Lunatic asylums Punjab 1881-1894 - 1881-1894
Year: 1881
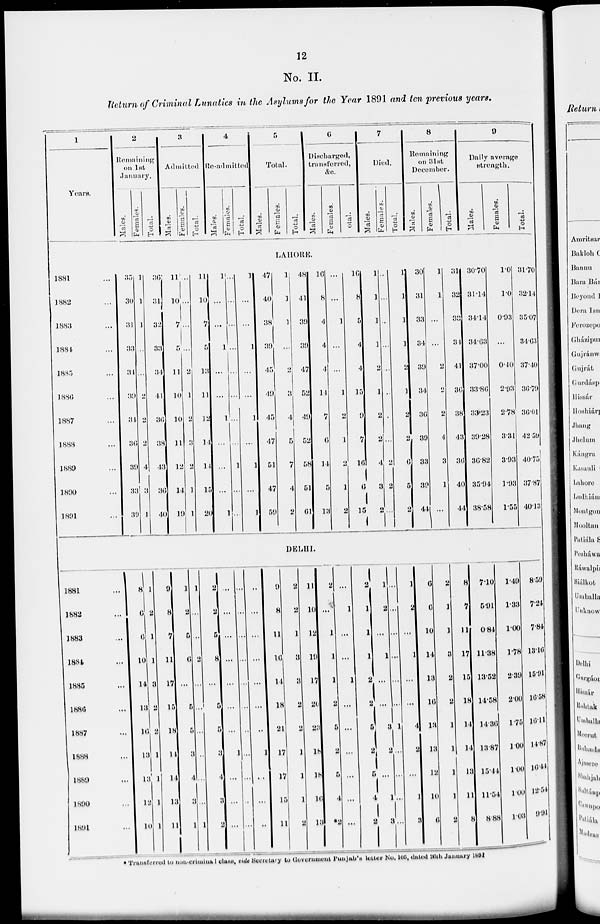
12
No. II.
Return of Criminal Lunatics in the Asylums for the Year 1891 and ten previous years.
1
Years.
2
Remaining
on 1st
January.
Males.
Females.
Total.
3
Admitted
Males.
Females.
Total.
4
Re-admitted
Males.
Females.
Total.
5
Total.
Males.
Females.
Total.
6
Discharged,
transferred,
&c.
Males.
Females.
Total.
7
Died.
Males.
Females.
Total.
8
Remaining
on 31st
December.
Males.
Females.
Total.
9
Daily average
Strength.
Males.
Females.
Total.
LAHORE.
1881 ...
1882 ...
1883 ...
1884 ...
1885 ...
1886 ...
1887 ...
1888 ...
1889 ...
1890 ...
1891 ...
35
30
31
33
31
39
34
36
39
33
39
1
1
1
...
...
2
2
2
4
3
1
36
31
32
33
34
41
36
38
43
36
40
11
10
7
5
11
10
10
11
12
14
19
...
...
...
...
2
1
2
3
2
1
1
11
10
7
5
13
11
12
14
14
15
20
1
...
...
1
...
...
1
...
...
...
1
...
...
...
...
...
...
...
...
1
...
...
1
...
...
1
...
...
1
...
1
...
1
47
40
38
39
45
49
45
47
51
47
59
1
1
1
...
2
3
4
5
7
4
2
48
41
39
39
47
52
49
52
58
51
61
16
8
4
4
4
14
7
6
14
5
13
...
...
1
...
...
1
2
1
2
1
2
16
8
5
4
4
15
9
7
16
6
15
1
1
1
1
2
1
2
2
4
3
2
...
...
...
...
...
...
...
...
2
2
...
1
1
1
1
2
1
2
2
6
5
2
30
31
33
34
39
34
36
39
33
39
44
1
1
...
...
2
2
2
4
3
1
...
31
32
33
34
41
36
38
43
36
40
44
30.70
31.14
34.14
34.63
37.00
33.86
33.23
39.28
36.82
35.94
38.58
1.0
1.0
0.93
...
0.40
2.93
2.78
3.31
3.93
1.93
1.55
31.70
32.14
35.07
34.63
37.40
36.79
36.01
42.59
40.75
37.87
40.13
DELHI.
1881 ...
1882 ...
1883 ...
1884 ...
1885 ...
1886 ...
1887 ...
1888 ...
1889 ...
1890 ...
1891 ...
8
6
6
10
14
13
16
13
13
12
10
1
2
1
1
3
2
2
1
1
1
1
9
8
7
11
17
15
18
14
14
13
11
1
2
5
6
...
5
5
3
4
3
1
1
...
...
2
...
...
...
...
...
...
1
2
2
5
8
...
5
5
3
4
3
2
...
...
...
...
...
...
...
1
...
...
...
...
...
...
...
...
...
...
...
...
...
...
...
...
...
...
...
...
...
1
...
...
...
9
8
11
16
14
18
21
17
17
15
11
2
2
1
3
3
2
2
1
1
1
2
11
10
12
19
17
20
23
18
18
16
13
2
...
1
1
1
2
5
2
5
4
*2
...
1
...
...
1
...
...
...
...
...
...
2
1
1
1
2
2
5
2
5
4
2
1
2
...
1
...
...
3 2
...
1
3
...
...
...
...
...
...
1
...
...
...
...
1
2
...
1
...
...
4
2
...
1
3
6
6
10
14
13
16
13
13
12
10
6
2
1
1
3
2
2
1
1
1
1
2
8
7
11
17
15
18
14
14
13
11
8
7.10
5.91
6.84
11.38
13.52
14.58
14.30
13.87
15.44
11.54
8.88
1.49
1.33
1.00
1.78
2.39
2.00
1.75
1.00
1.00
1.00
1.03
8.59
7.24
7.84
13.16
15.91
16.58
16.11
14.87
16.44
12.54
9.91
* Transferred to non-criminal class, vide Secretary to Government Punjub's letter No. 105, dated 26th January 1891